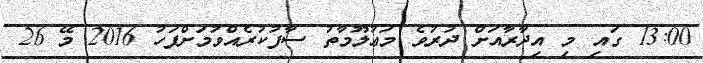
13:00 ގައި މި އިދާރާއަށް ދުރުވެ މަޢުލޫމާތު ސާފުކުރެއްވުމަށްފަހު 2016 މޭ 26